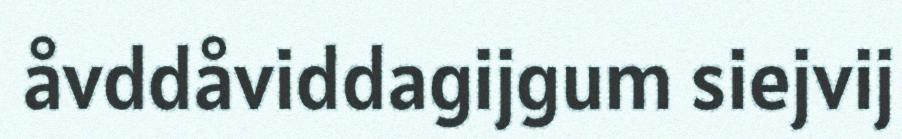
åvddåviddagijgum siejvij